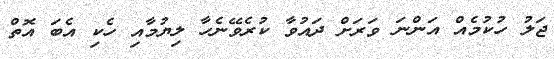
ޖަލު ހުކުމެއް އަންނަ ވަރަށް ދައުވާ ކުރެވޭނެހާ ލިޔުމާއި ހެކި އެބަ އޮތް